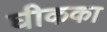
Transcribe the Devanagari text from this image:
घीकका